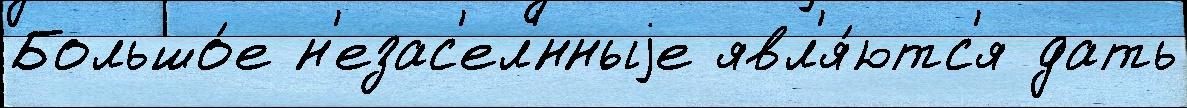
Большо́е н'езас'ел'́нныjе явл'я́ютс'я дать